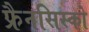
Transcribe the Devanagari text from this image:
फ्रैनसिस्को